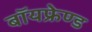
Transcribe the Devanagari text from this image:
बॉयफ्रेण्ड